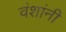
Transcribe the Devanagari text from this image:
वंशांनी